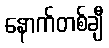
နောက်တစ်ချီ